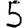
Digit: 5